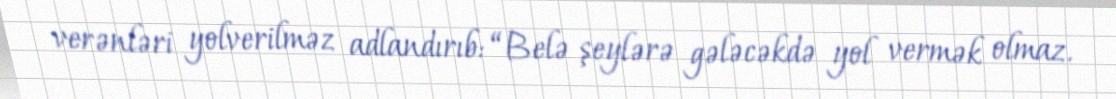
verənləri yolverilməz adlandırıb: “Belə şeylərə gələcəkdə yol vermək olmaz.